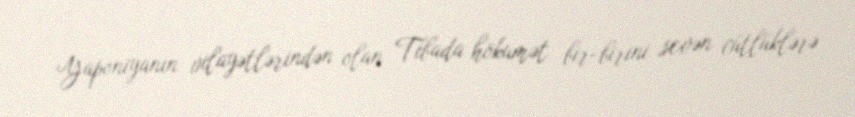
Yaponiyanın vilayətlərindən olan Tibada hökumət bir-birini sevən cütlüklərə